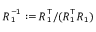
\boldsymbol { R } _ { 1 } ^ { - 1 } : = \boldsymbol { R } _ { 1 } ^ { \top } / ( \boldsymbol { R } _ { 1 } ^ { \top } \boldsymbol { R } _ { 1 } )